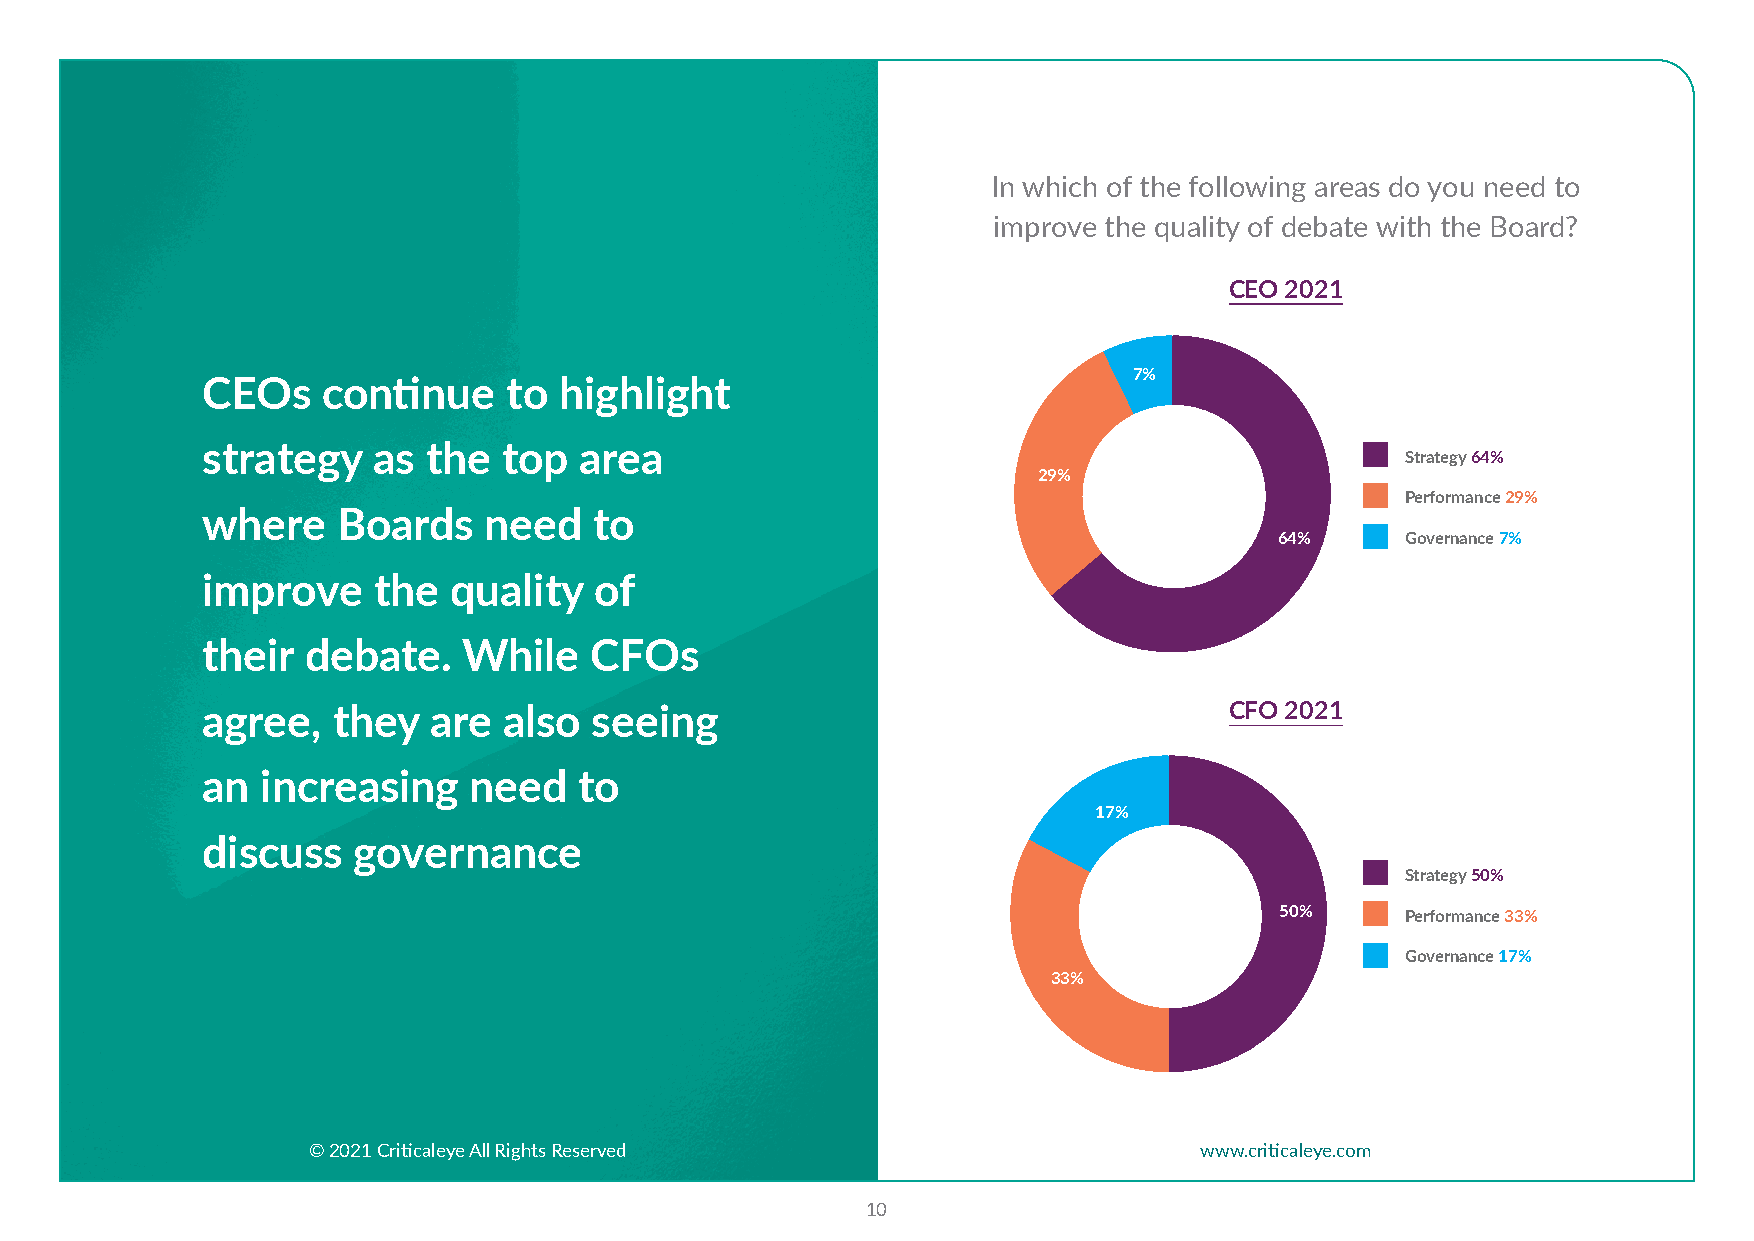
7%
 In which of the following areas do you need to
 improve the quality of debate with the Board?
 29%
 CEO 2021
 64%
 7%
 CEOs    continue     to highlight
 strategy    as the  top  area
 Strategy 64%
 29%
 Performance 29%
 where    Boards    need   to
 64%     Governance 7%
 5%
 improve     the  quality  of                                                  17%
 27%
 their  debate.    While   CFOs
 50%
 Strategy 64%
 agree,   they  are  also  seeing                                    CFO 2021
 Performance 29% 33%                                    68%
 an  increasing    need   to                                   Governance 7%
 5%
 17%
 discuss   governance
 Strateg2y7 %50%            Strategy 68%
 50%     Performance 33%            Performance 27%
 Governance 17%             Governance 5%
 33%                                      68%
 Strategy 50%                Strategy 68%
 © 2021 Criticaleye All Rights Reserved                Performanwcew 3w3.%cr iticaleye.com Performance 27%
 Governance 17%              Governance 5%
 10